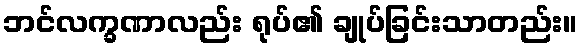
ဘင်လက္ခဏာလည်း ရုပ်၏ ချုပ်ခြင်းသာတည်း။